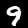
Label: 9